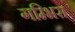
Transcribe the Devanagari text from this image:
गम्भिरा